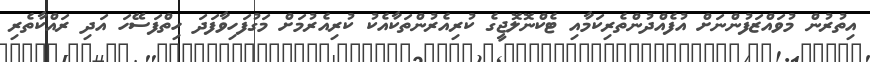
އިތުރުން މުވައްޒަފުންނަށް އުފެއްދުންތެރިކަމާއި ޓެކްނޮލޮޖީގެ ކުރިއެރުންތަކާއެކު ކުރިއެރުމަށް މަގުފަހިވާފަދަ ހިތްފަސޭހަ އަދި ރައްކާތެރި